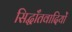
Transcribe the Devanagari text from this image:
सिद्धाँतवादियों